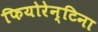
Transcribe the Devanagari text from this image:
फियोरेन्टिना